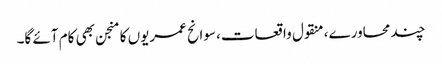
چند محاورے، منقول واقعات، سوانح عمریوں کا منجن بھی کام آئے گا۔